Senior Leaving Certificate Examination (including Day School Certificate (Higher) General paper), 1950
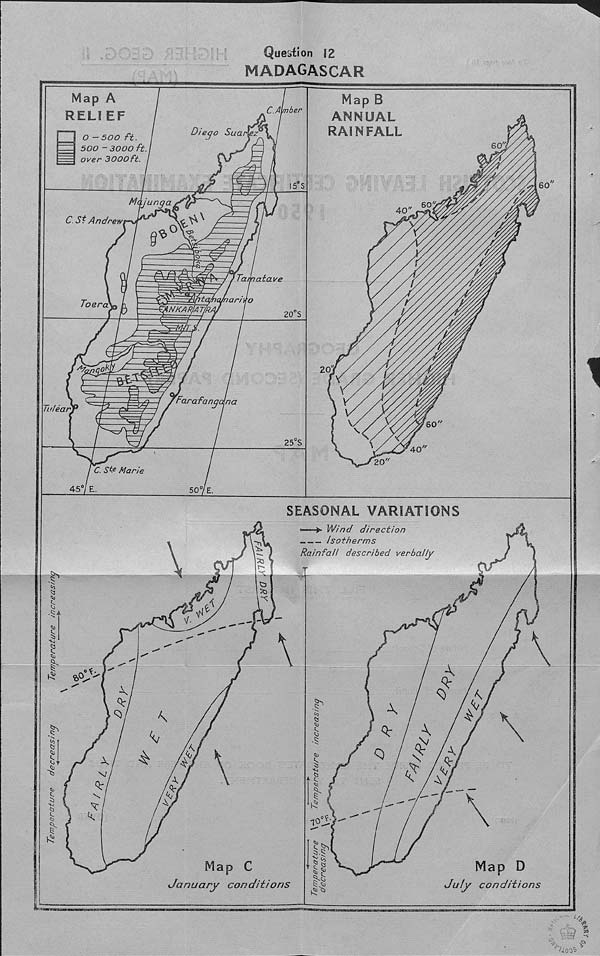
Question 12
MADAGASCAR
Map A
RELI EF
Map B
ANNUAL
RAINFALL
C.Avnber
Diego Suanez
O -500 ft.
500 - 3000 ft
over 3000ft.
60
60
15 S
Majunga
60
40
C. St Andrew
%
0\
Tamatave
'nan vo
Toera
NKARAT
20 S
'vfTaok
i=S
fora fan na
Tu/ear
SO
25 S
40
20
/ C. SV Marie
457 E.
507 E
V
.^A
Sk
ot
&
K
*
Or
SEASONAL VARIATIONS
*—->■ Wind direction
Isotherms
Rainfall described verbally
Map C
January conditions
K
%
K
K
Or
N/
x
A
Q
k Sh
S-G
^ Cl
Map D
July conditions